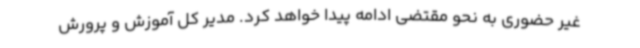
غیر حضوری به نحو مقتضی ادامه پیدا خواهد کرد. مدیر کل آموزش و پرورش